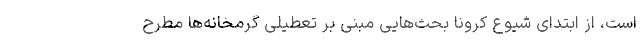
است، از ابتدای شیوع کرونا بحث‌هایی مبنی بر تعطیلی گرمخانه‌ها مطرح